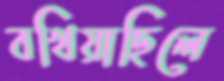
বখিয়াছিলে